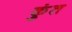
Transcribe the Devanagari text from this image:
कुंत